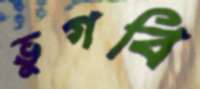
ভুগবি